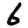
Digit: 6